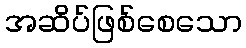
အဆိပ်ဖြစ်စေသော